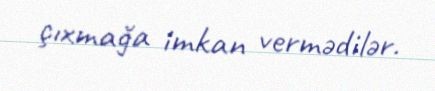
çıxmağa imkan vermədilər.